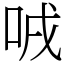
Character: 㖅